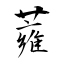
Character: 蕹